Vabadussoja_Ajaloo_Komitee, lk 18
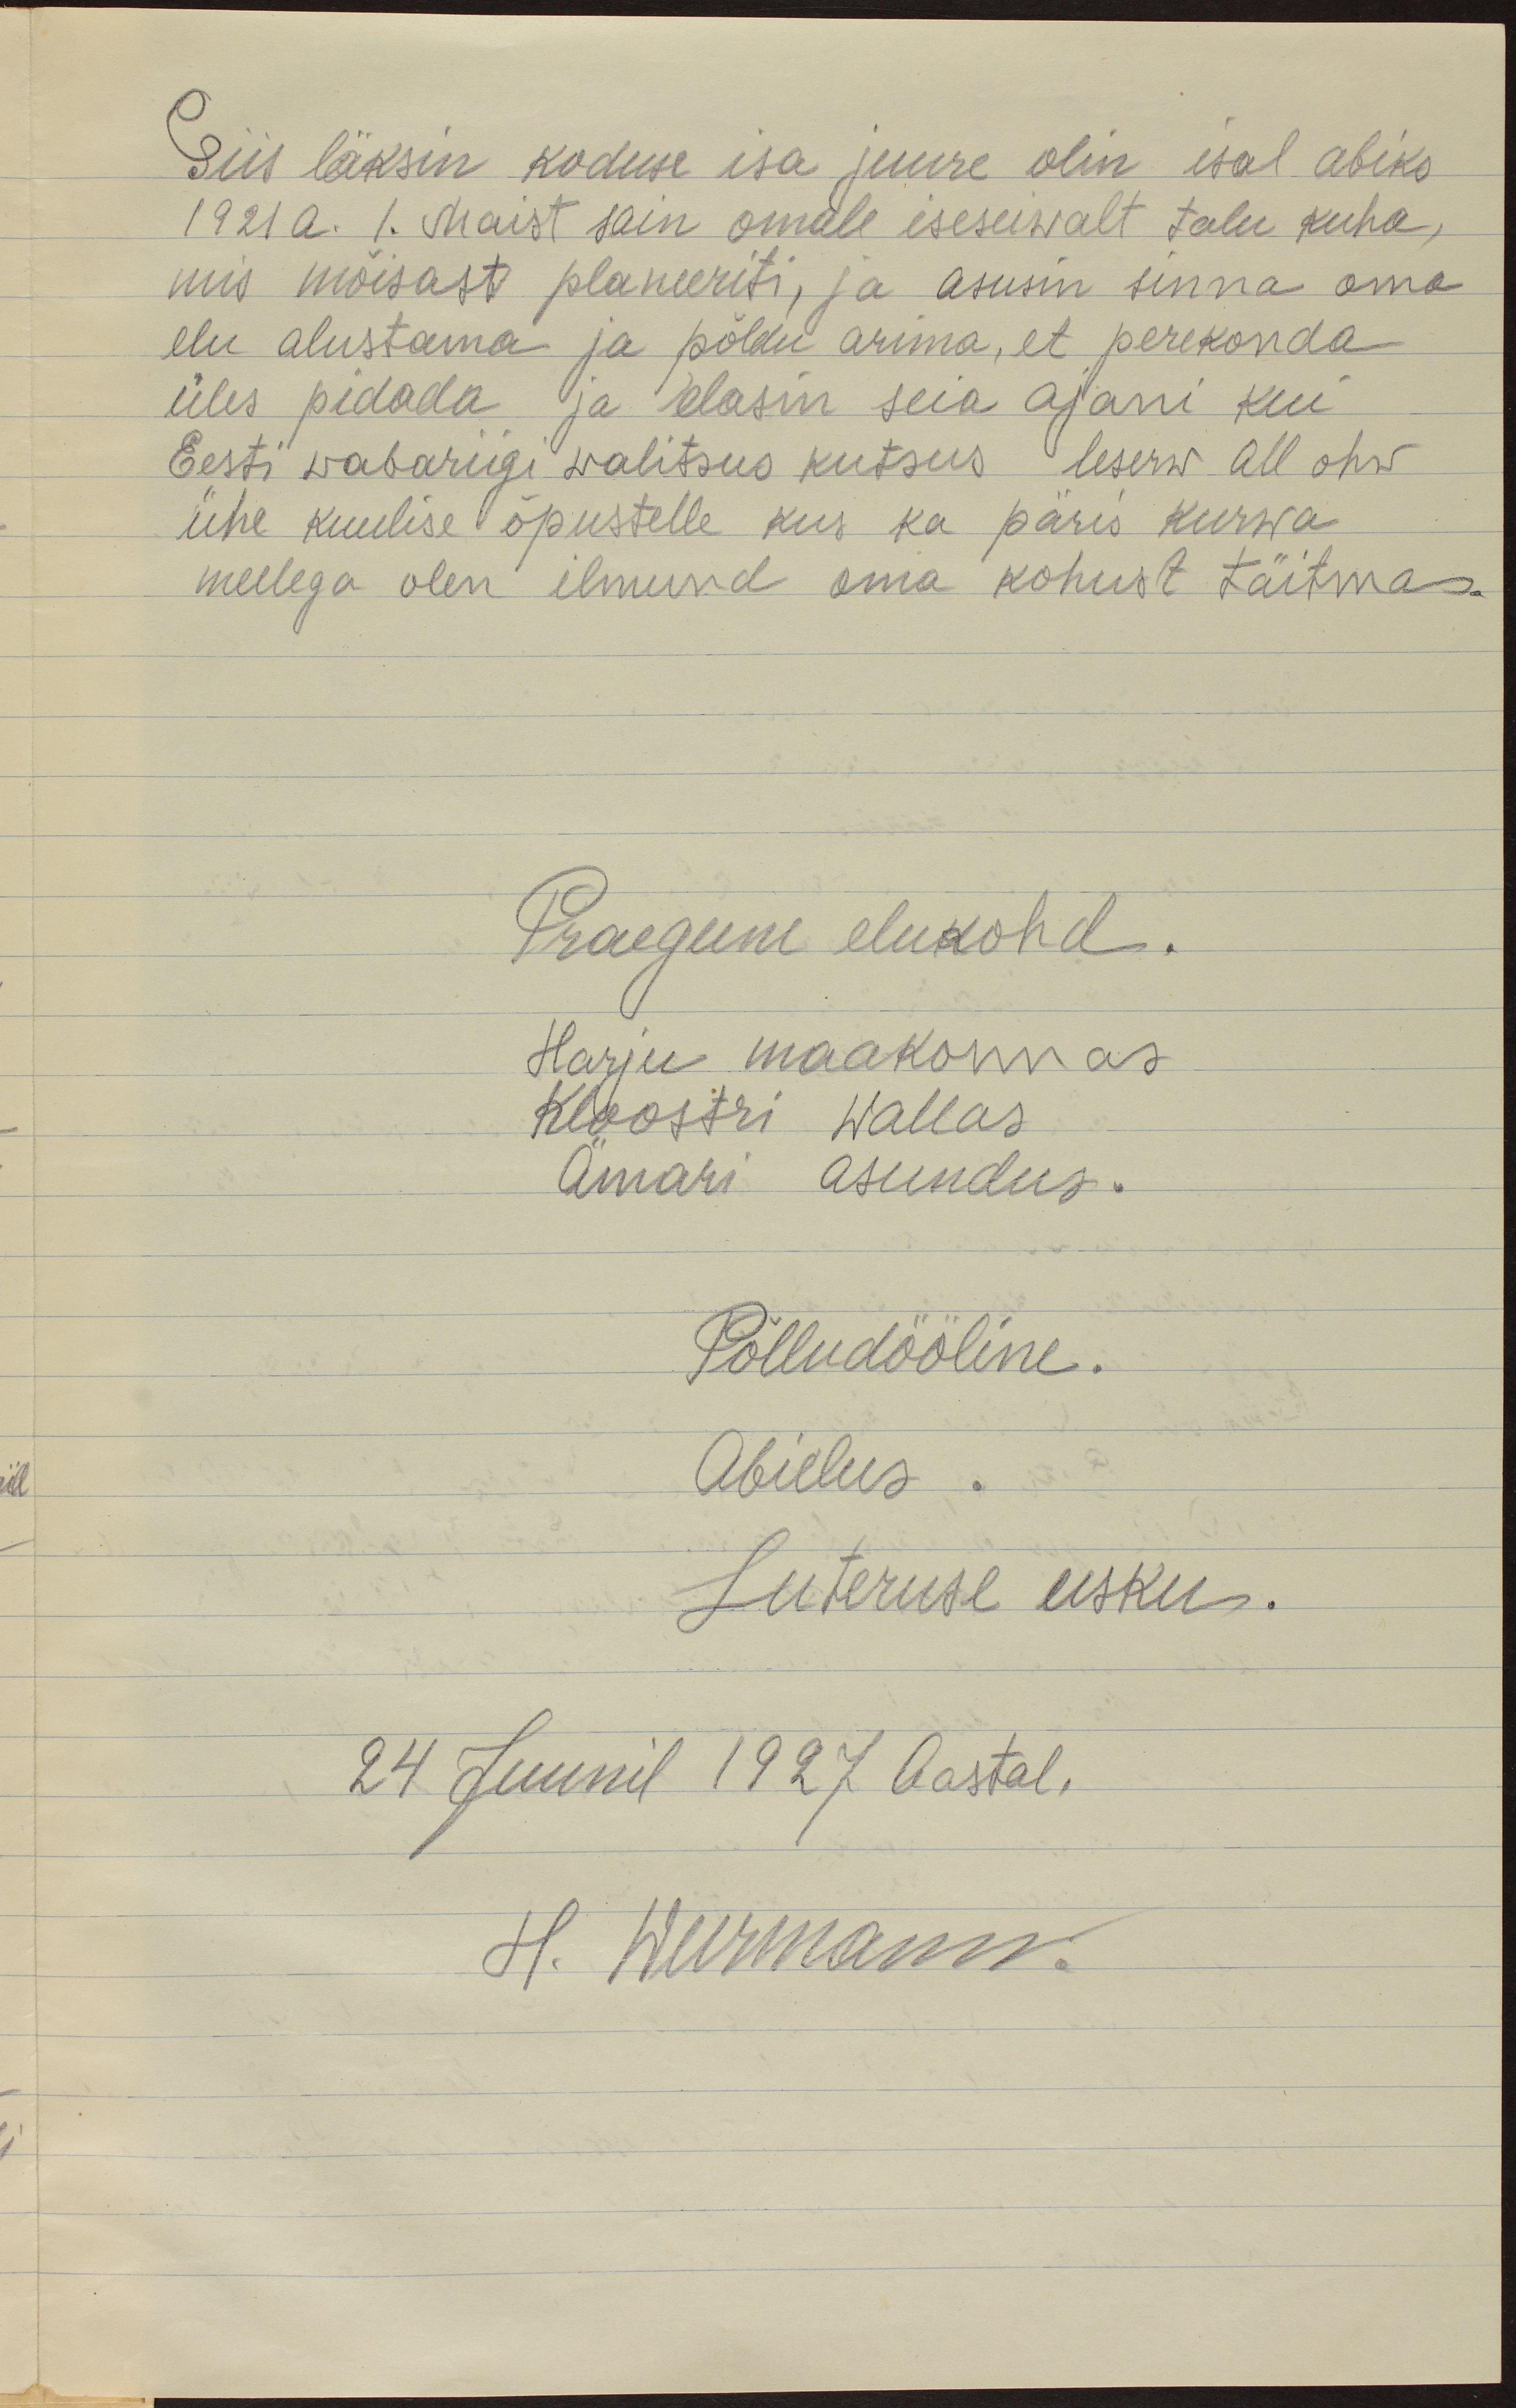
Siis läksin koduse isa juure olin isal abiks
1921 a. 1. maist sain omale iseseisvalt talu kuha,
mis mõisast planeeriti, ja asusin sinna oma
elu alustama ja põldu arima, et perekonda
üles pidada ja elasin seia ajani kui
Eesti wabariigi walitsus kutsus leserw all ohw
ühe kuulise õpustelle kus ka päris kurwa
meelega olen ilmund oma kohust täitma.
Praegune elukohd.
Harju maakonnas
Kloostri wallas
Ämari asundus.
Põlludööline.
Abielus.
Luteruse usku.
24 Juunil 1927 Aastal.
H. Weermann.